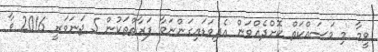
ވީމާ މި މަސައްކަތް ކޮށްދެއްވަން އެދިވަޑައިގަންނަވާ ފަރާތްތަކުން 5 ޖަނަވަރީ 2016 ވާ